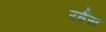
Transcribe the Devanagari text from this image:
रर्इस